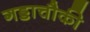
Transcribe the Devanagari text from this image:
गड्डाचौकी